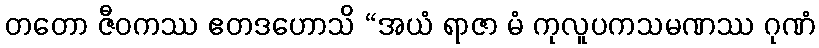
တတော ဇီဝကဿ ဧတဒဟောသိ “အယံ ရာဇာ မံ ကုလူပကသမဏဿ ဂုဏံ